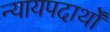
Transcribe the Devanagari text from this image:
न्यायपदार्थों